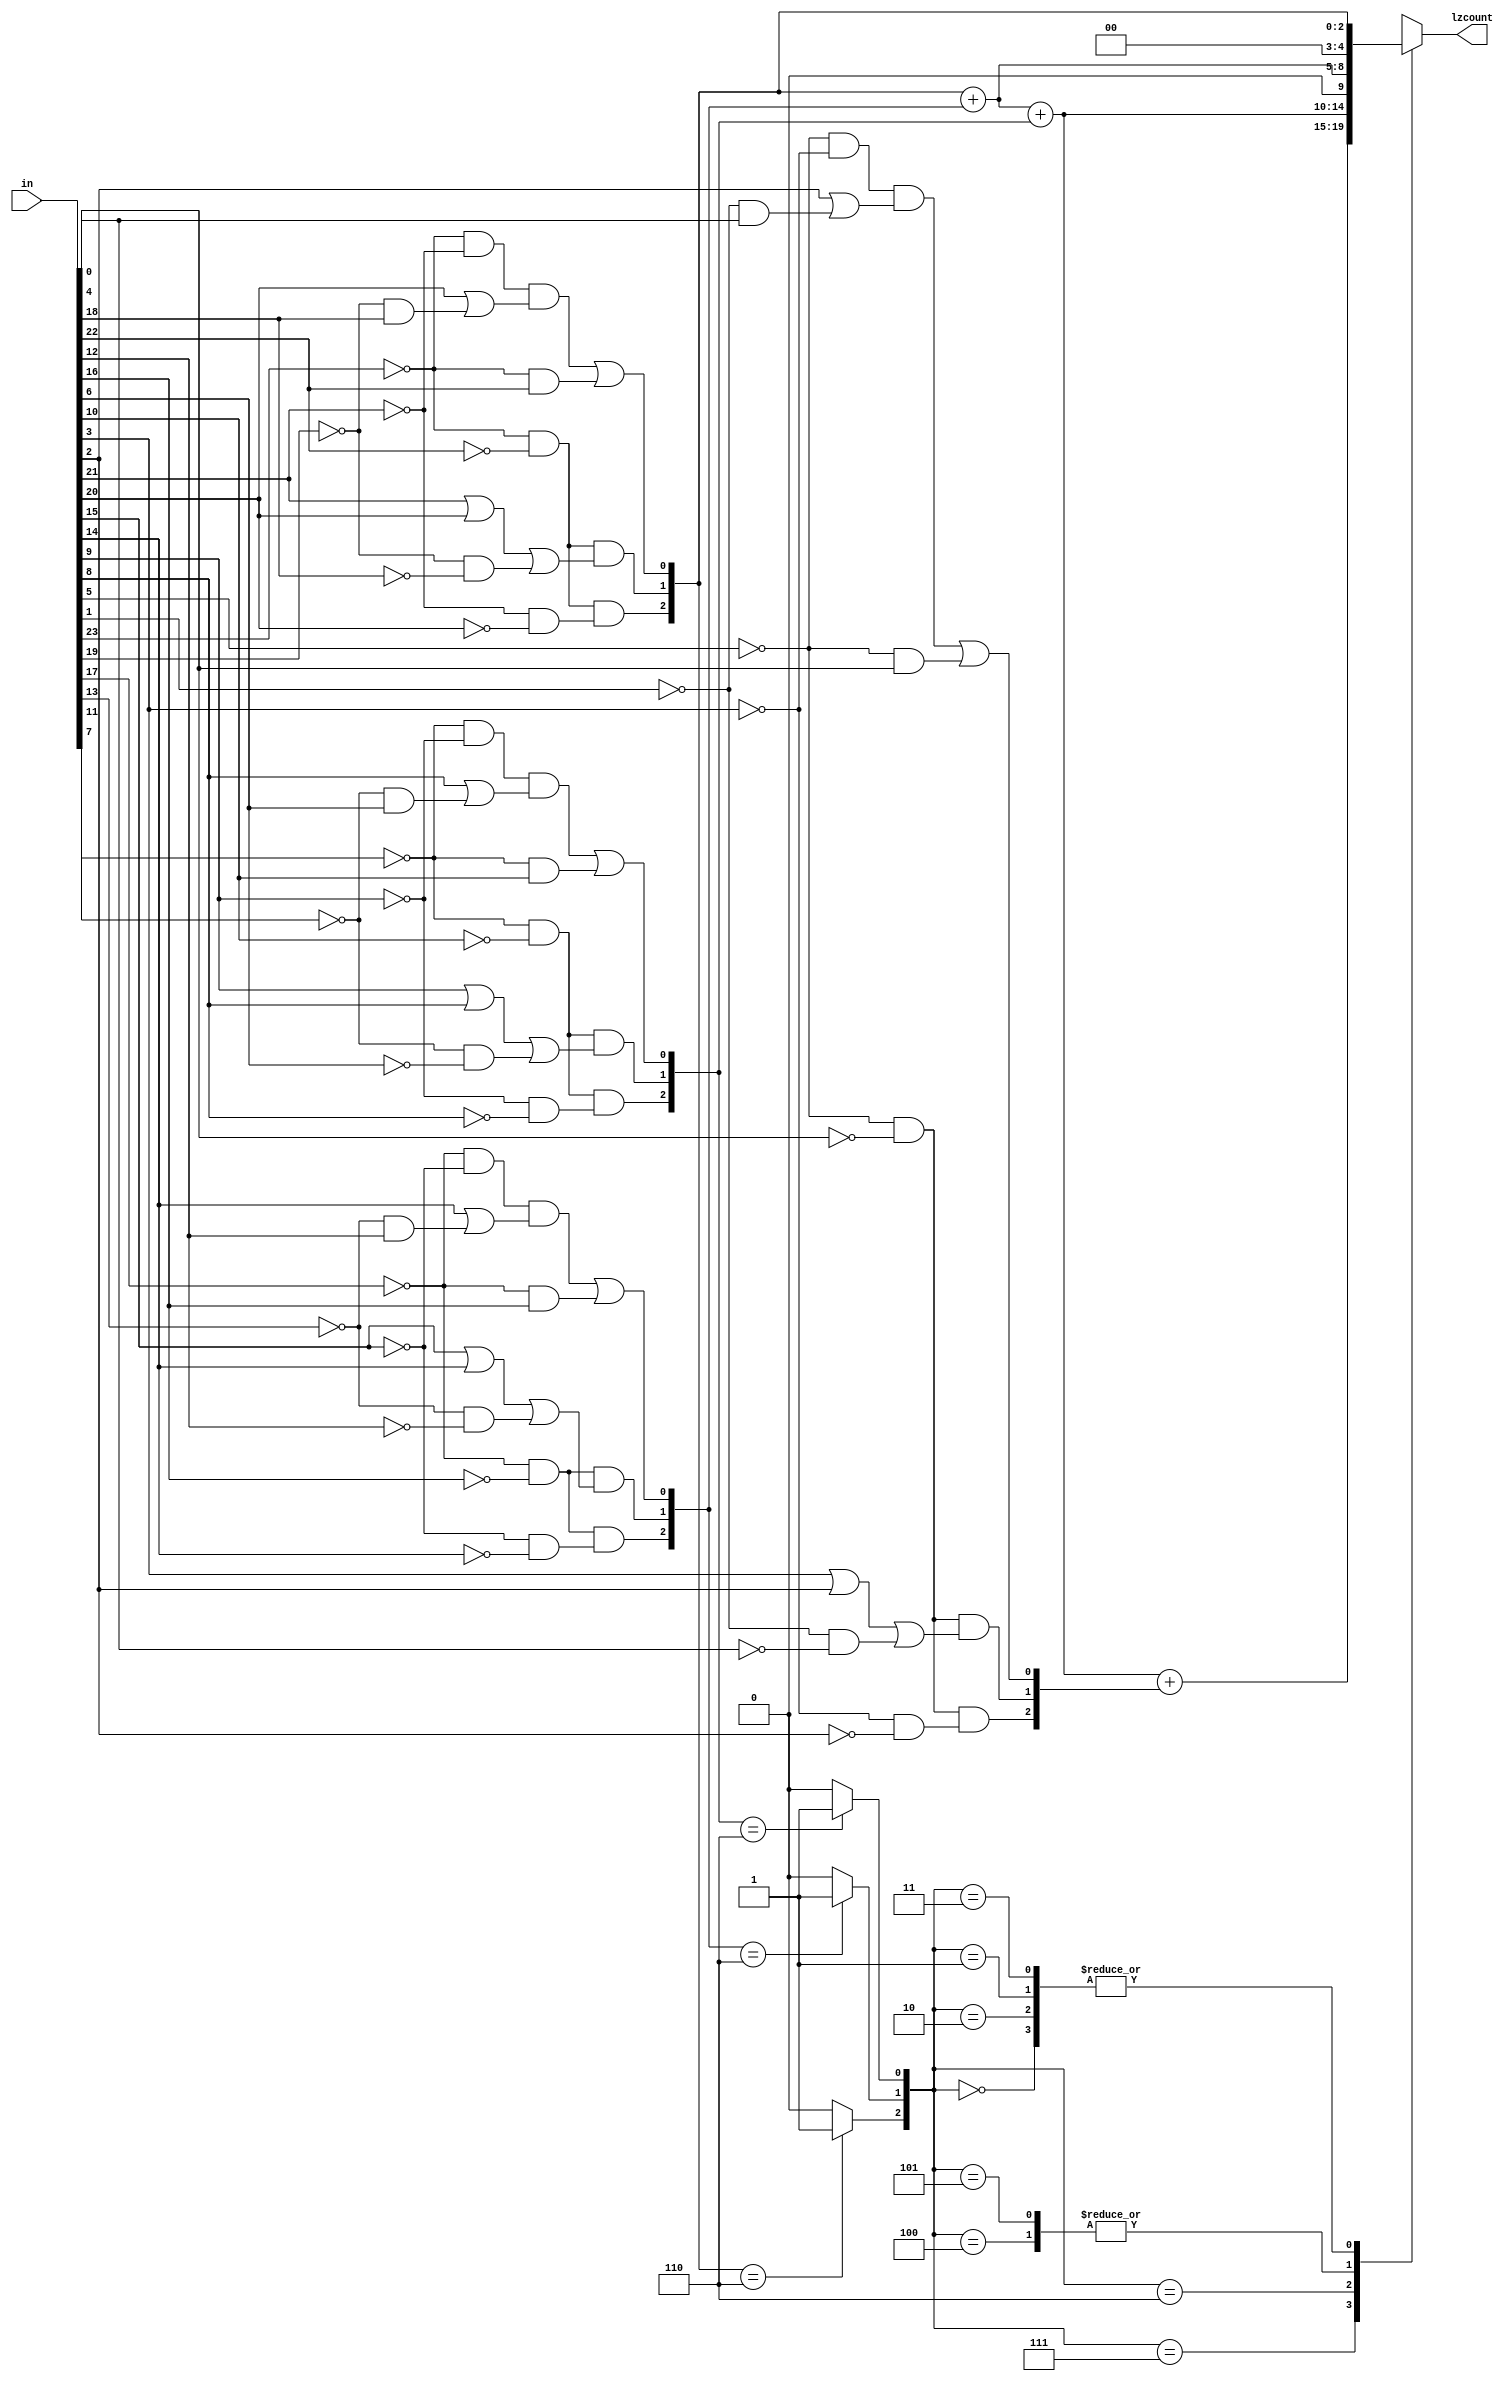
`timescale 1ns / 1ps
//////////////////////////////////////////////////////////////////////////////////
// Company: 
// Engineer: 
// 
// Design Name: 
// Module Name: LZC_try2
// Project Name: 
// Target Devices: 
// Tool Versions: 
// Description: 
// 
// Dependencies: 
// 
// Revision:
// Revision 0.01 - File Created
// Additional Comments:
// 
//////////////////////////////////////////////////////////////////////////////////


module LZC_try2(
  output reg [4:0] lzcount,
  input [23:0] in);

reg all3,all2,all1; 
reg [2:0] y3,y2,y1,y0;
reg ab3,ac3,ef3,ab2,ac2,ef2,ab1,ac1,ef1,ab0,ac0,ef0;

assign a3=in[23];
assign b3=in[22];
assign c3=in[21];
assign d3=in[20];
assign e3=in[19];
assign f3=in[18];
assign a2=in[17];
assign b2=in[16];
assign c2=in[15];
assign d2=in[14];
assign e2=in[13];
assign f2=in[12];
assign a1=in[11];
assign b1=in[10];
assign c1=in[9];
assign d1=in[8];
assign e1=in[7];
assign f1=in[6];
assign a0=in[5];
assign b0=in[4];
assign c0=in[3];
assign d0=in[2];
assign e0=in[1];
assign f0=in[0];
  
always@(a3,b3,c3,d3,e3,f3)
begin 
    ab3=(~a3)&&(~b3);
    ac3=(~a3)&&(~c3);
    ef3=(~e3)&&(~f3);
    y3[2]=(ab3)&&((~c3)&&(~d3));
    y3[1]=(ab3)&&((c3||d3)||ef3);
    y3[0]=((ac3)&&(d3||((~e3)&&f3)))||((~a3)&&b3);
  
    if(y3==3'b110)
      all3=1'b1;
    else
      all3=1'b0;
end

always@(a2,b2,c2,d2,e2,f2)
begin
      ab2=(~a2)&&(~b2);
      ac2=(~a2)&&(~c2);
      ef2=(~e2)&&(~f2);
      y2[2]=(ab2)&&((~c2)&&(~d2));
      y2[1]=(ab2)&&((c2||d2)||ef2);
      y2[0]=((ac2)&&(d2||((~e2)&&f2)))||((~a2)&&b2);                 
  
      if(y2==3'b110)
        all2=1'b1;
      else
        all2=1'b0;
end

always@(a1,b1,c1,d1,e1,f1)
begin
      ab1=(~a1)&&(~b1);
      ac1=(~a1)&&(~c1);
      ef1=(~e1)&&(~f1);
      y1[2]=(ab1)&&((~c1)&&(~d1));
      y1[1]=(ab1)&&((c1||d1)||ef1);
      y1[0]=((ac1)&&(d1||((~e1)&&f1)))||((~a1)&&b1);                 
  
      if(y1==3'b110)
        all1=1'b1;
      else
        all1=1'b0;
    
end

always@(a0,b0,c0,d0,e0,f0)
begin
      ab0=(~a0)&&(~b0);
      ac0=(~a0)&&(~c0);
      ef0=(~e0)&&(~f0);
      y0[2]=(ab0)&&((~c0)&&(~d0));
      y0[1]=(ab0)&&((c0||d0)||ef0);
      y0[0]=((ac0)&&(d0||((~e0)&&f0)))||((~a0)&&b0);                 
end

always@(y3,y2,y1,y0,all3,all2,all1)
begin
    case({all3,all2,all1})
    3'b111: lzcount={2'b0,y3}+{2'b0,y2}+{2'b0,y1}+{2'b0,y0};
    3'b110: lzcount={2'b0,y3}+{2'b0,y2}+{2'b0,y1};
    3'b100: lzcount={2'b0,y3}+{2'b0,y2};
    3'b101: lzcount={2'b0,y3}+{2'b0,y2};
    3'b000: lzcount={2'b0,y3};
    3'b010: lzcount={2'b0,y3};
    3'b001: lzcount={2'b0,y3};
    3'b011: lzcount={2'b0,y3};
    default: lzcount=0;
    endcase
end

endmodule